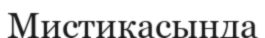
Мистикасында